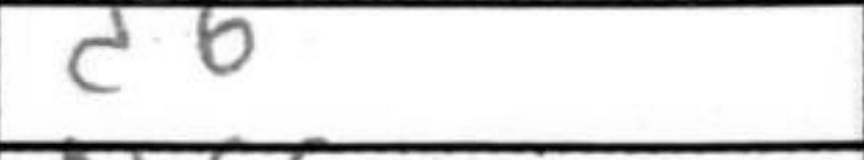
Transcription: d6